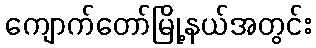
ကျောက်တော်မြို့နယ်အတွင်း